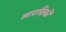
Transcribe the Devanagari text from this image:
तारादिकों